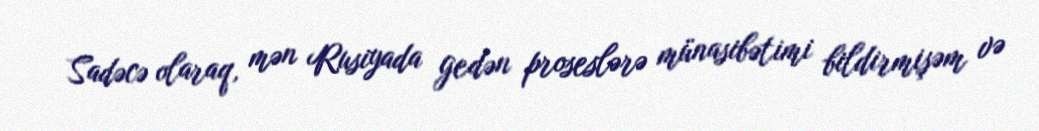
Sadəcə olaraq, mən Rusiyada gedən proseslərə münasibətimi bildirmişəm və